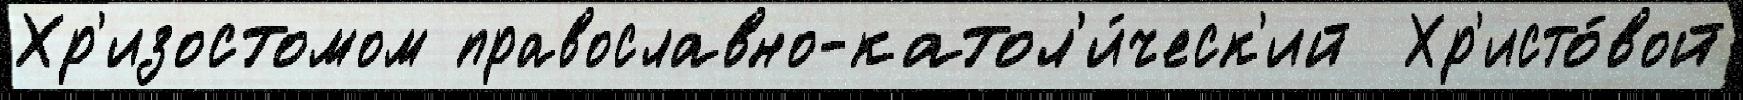
Хр'изостомом православно-катол'и́ческ'ий  Хр'исто́вой